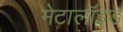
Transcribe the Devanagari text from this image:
मेटालॉइड